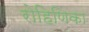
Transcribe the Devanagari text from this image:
रोहिणिका